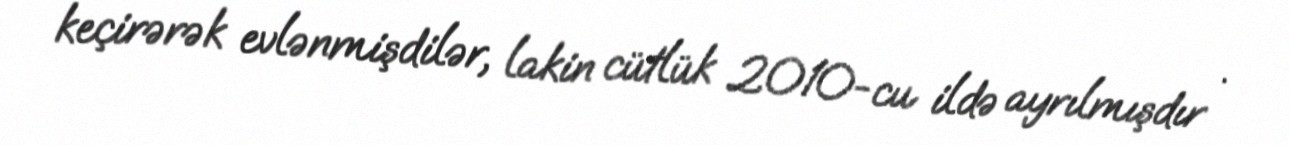
keçirərək evlənmişdilər, lakin cütlük 2010-cu ildə ayrılmışdır .